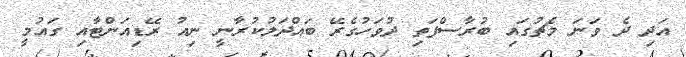
އަދި ދެ ވަނަ މެޗުގައި ބުރާސްފަތި ދުވަހުގެރޭ ބައްދަލުކުރާނީ ނިއު ރޭޑިއަންޓާއި ގައުމީ